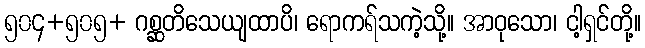
၅၀၄+၅၀၅+ ဂစ္ဆတိသေယျထာပိ၊ ရောကရ်သကဲ့သို့။ အာဝုသော၊ ငါ့ရှင်တို့။